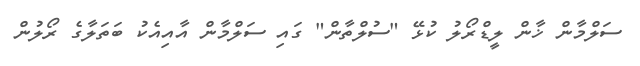
ސަލްމާން ޚާން ލީޑްރޯލު ކުޅޭ "ސުލްތާން" ގައި ސަލްމާން އާއިއެކު ބަތަލާގެ ރޯލުން